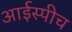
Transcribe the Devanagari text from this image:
आईस्पीच